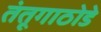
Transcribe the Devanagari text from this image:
तंतूगाठोडे